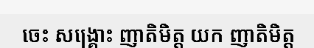
ចេះ សង្គ្រោះ ញាតិមិត្ត យក ញាតិមិត្ត